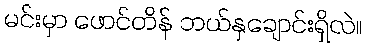
မင်းမှာ ဖောင်တိန် ဘယ်နှချောင်းရှိလဲ။